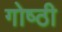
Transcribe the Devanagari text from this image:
गोष्‍ठी